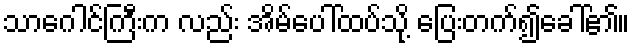
သာဂေါင်ကြီးက လည်း အိမ်ပေါ်ထပ်သို့ ပြေးတက်၍ခေါ်၏။